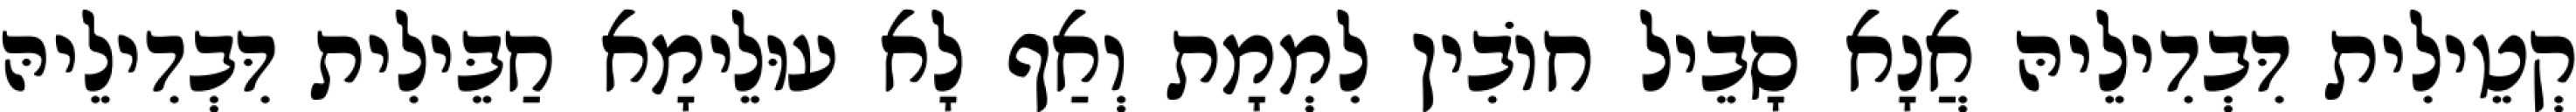
קְטֵילִית דִּבְדִילֵיהּ אֲנָא סָבֵיל חוֹבִין לִמְמָת וְאַף לָא עוּלֵימָא חַבֵּילִית דִּבְדִילֵיהּ